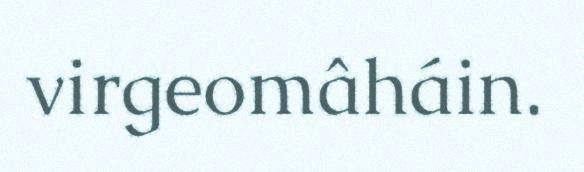
virgeomâháin.